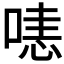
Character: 𠹤